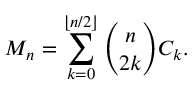
M _ { n } = \sum _ { k = 0 } ^ { \lfloor n / 2 \rfloor } { \binom { n } { 2 k } } C _ { k } .